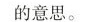
的意思。